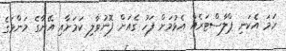
ހަމަ އެކަނި ޕްލާސްޓަރެއް އެޅުމަށް ފަހު ގެއަށް ފޮނުވާލި ކަމަށާއި އޭނާގެ މަންމަގެ